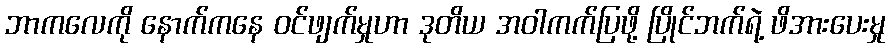
ဘာကလေကို နောက်ကနေ ဝင်ဖျက်မှုဟာ ဒုတိယ အဝါကက်ပြဖို့ ပြိုင်ဘက်ရဲ့ ဖိအားပေးမှု